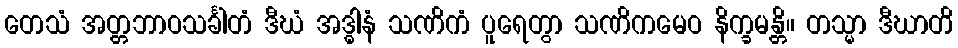
တေသံ အတ္တဘာဝသင်္ခါတံ ဒီဃံ အဒ္ဓါနံ သဏိကံ ပူရေတွာ သဏိကမေဝ နိက္ခမန္တိ။ တသ္မာ ဒီဃာတိ